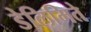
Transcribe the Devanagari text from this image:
डेलिमिते